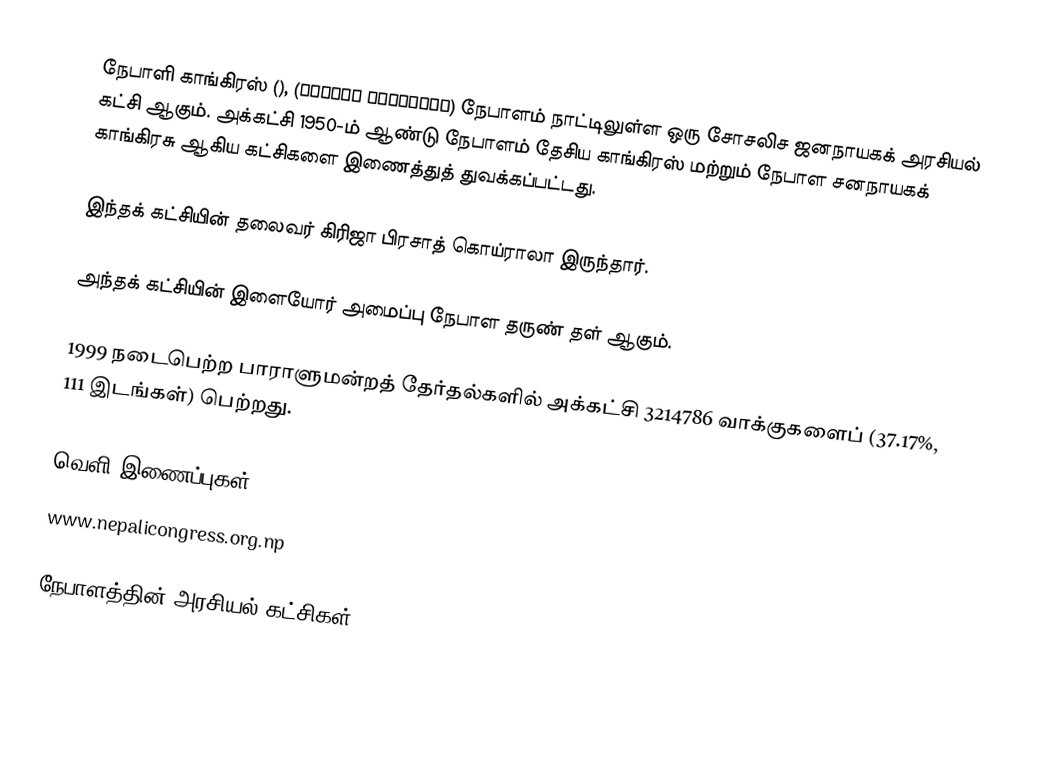
நேபாளி காங்கிரஸ் (), (नेपाली कांग्रेस) நேபாளம் நாட்டிலுள்ள ஒரு சோசலிச ஜனநாயகக் அரசியல் கட்சி ஆகும். அக்கட்சி 1950-ம் ஆண்டு நேபாளம் தேசிய காங்கிரஸ் மற்றும் நேபாள சனநாயகக் காங்கிரசு ஆகிய கட்சிகளை இணைத்துத் துவக்கப்பட்டது.

இந்தக் கட்சியின் தலைவர் கிரிஜா பிரசாத் கொய்ராலா இருந்தார்.

அந்தக் கட்சியின் இளையோர் அமைப்பு நேபாள தருண் தள் ஆகும்.

1999 நடைபெற்ற பாராளுமன்றத் தேர்தல்களில் அக்கட்சி 3214786 வாக்குகளைப் (37.17%, 111 இடங்கள்) பெற்றது.

வெளி இணைப்புகள்
www.nepalicongress.org.np

நேபாளத்தின் அரசியல் கட்சிகள்